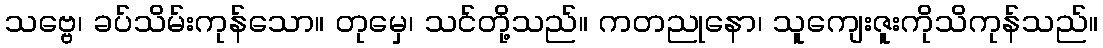
သဗ္ဗေ၊ ခပ်သိမ်းကုန်သော။ တုမှေ၊ သင်တို့သည်။ ကတညုနော၊ သူကျေးဇူးကိုသိကုန်သည်။